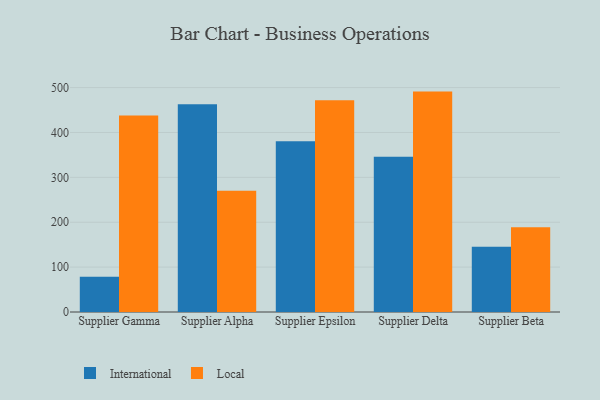
{"axis": {"x": "Supplier", "y": "Shipments"}, "legend": ["International", "Local"], "data": [{"x": "Supplier Gamma", "y": 78.7, "type": "International"}, {"x": "Supplier Gamma", "y": 437.8, "type": "Local"}, {"x": "Supplier Alpha", "y": 463.1, "type": "International"}, {"x": "Supplier Alpha", "y": 269.9, "type": "Local"}, {"x": "Supplier Epsilon", "y": 380.6, "type": "International"}, {"x": "Supplier Epsilon", "y": 472.0, "type": "Local"}, {"x": "Supplier Delta", "y": 346.1, "type": "International"}, {"x": "Supplier Delta", "y": 491.1, "type": "Local"}, {"x": "Supplier Beta", "y": 145.5, "type": "International"}, {"x": "Supplier Beta", "y": 189.1, "type": "Local"}]}